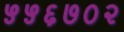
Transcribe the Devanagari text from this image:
५५६७०२